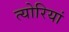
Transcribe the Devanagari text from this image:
त्योरियां